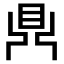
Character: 𪔂